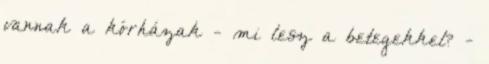
vannak a kórházak - mi lesz a betegekkel? -